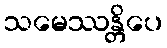
သမေဿန္တိပေ